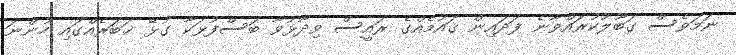
ނަމަވެސް ގަބޫލުކުރައްވާނެ ފަދައިން ޤައުމެއްގެ ރައީސް ވިދާޅުވާ ބަސްފުޅަކާ ގުޅޭ ޚަބަރެއްގައި ހުންނަ